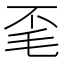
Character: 𭯒